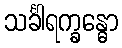
သင်္ခါရက္ခန္ဓော